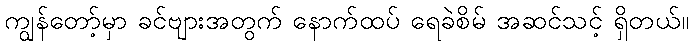
ကျွန်တော့်မှာ ခင်ဗျားအတွက် နောက်ထပ် ရေခဲစိမ် အဆင်သင့် ရှိတယ်။